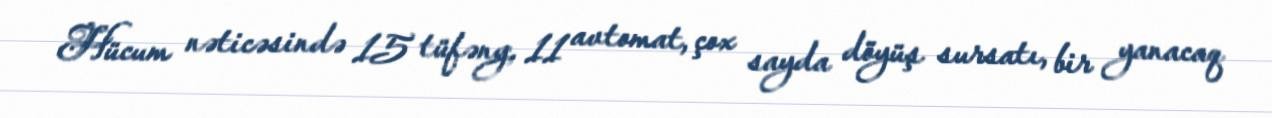
Hücum nəticəsində 15 tüfəng, 11 avtomat, çox sayda döyüş sursatı, bir yanacaq